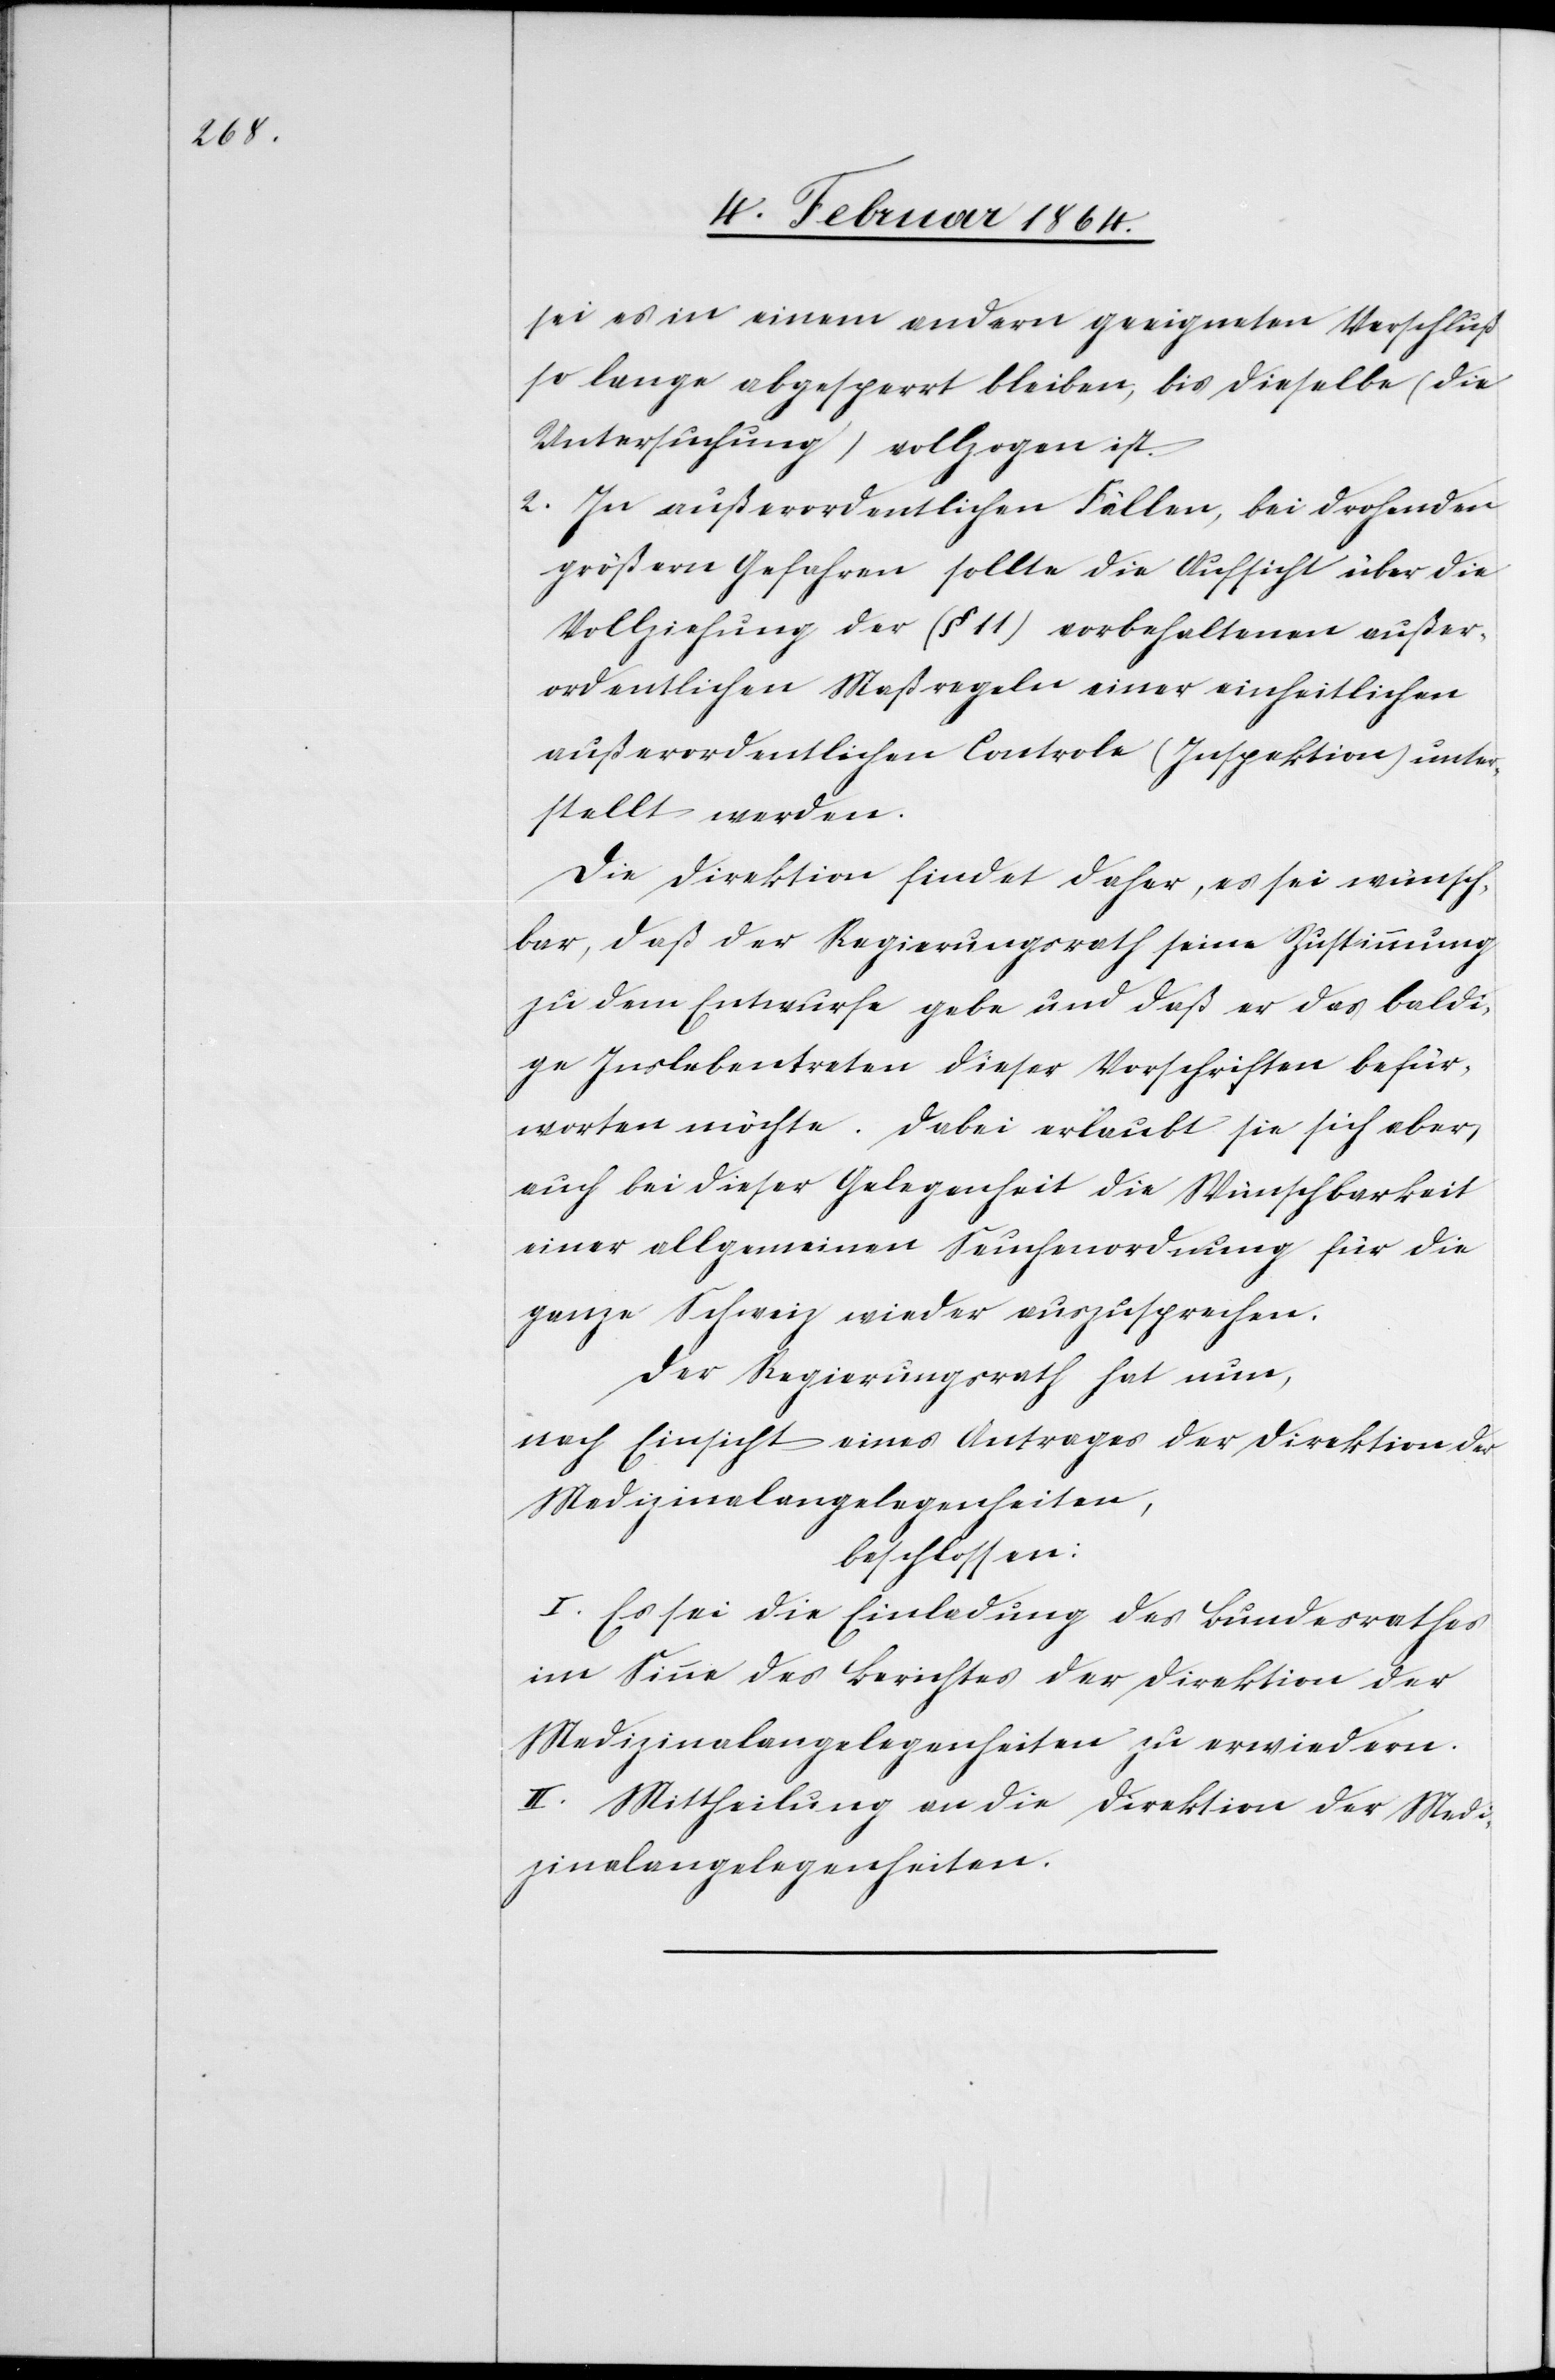
sei es in einem andern geeigneten Verschluß
so lange abgesperrt bleiben, bis dieselbe (die
Untersuchung) vollzogen ist.
2. In außerordentlichen Fällen, bei drohenden
größern Gefahren sollte die Aufsicht über die
Vollziehung der (§ 11) vorbehaltenen außer¬
ordentlichen Controle (Inspektion) unterstellt werden.
Die Direktion findet daher, es sei wünsch¬
bar, daß der Regierungsrath seine Zustimmung
zu dem Entwurfe gebe und daß er das baldi¬
ge Inslebentreten dieser Vorschriften befür¬
worten möchte. Dabei erlaubt sie sich aber,
auch bei dieser Gelegenheit die Wünschbarkeit
einer allgemeinen Seuchenordnung für die
ganze Schweiz wieder auszusprechen.
Der Regierungsrath hat nun,
nach Einsicht eines Antrages der Direktion der
Medizinalangelegenheiten,
beschlossen:
I. Es sei die Einladung des Bundesrathes
im Sinne des Berichtes der Direktion der
Medizinalangelegenheiten zu erwiedern.
II. Mittheilung an die Direktion der Medi¬
zinalangelegenheiten.